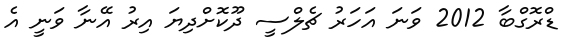
ޑްރޮގްބާ 2012 ވަނަ އަހަރު ޗެލްސީ ދޫކޮށްދިޔަ އިރު އޭނާ ވަނީ އެ